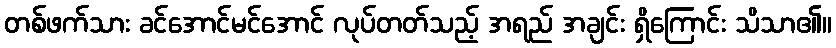
တစ်ဖက်သား ခင်အောင်မင်အောင် လုပ်တတ်သည့် အရည် အချင်း ရှိကြောင်း သိသာ၏။